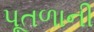
પૂતળાની